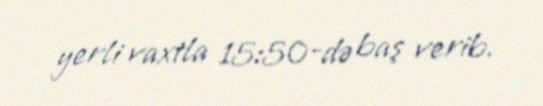
yerli vaxtla 15:50-də baş verib.